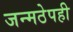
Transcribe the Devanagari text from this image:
जन्मठेपही